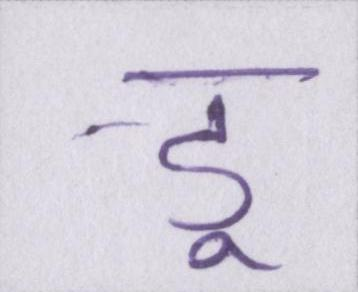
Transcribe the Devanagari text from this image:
डू